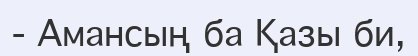
- Амансың ба Қазы би,